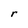
Character: r